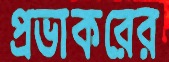
প্রভাকরের